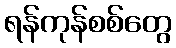
ရန်ကုန်စစ်တွေ